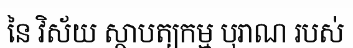
នៃ វិស័យ ស្ថាបត្យកម្ម បុរាណ របស់